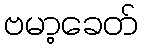
ဗမာ့ခေတ်